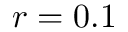
r = 0 . 1